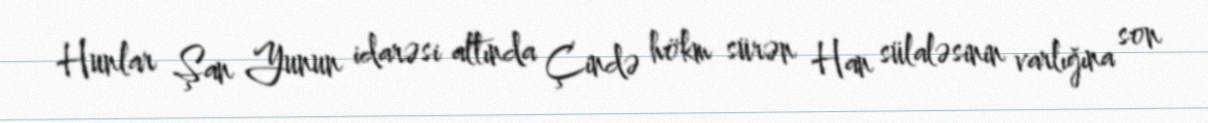
Hunlar Şan Yunun idarəsi altında Çində hökm sürən Han sülaləsinin varlığına son